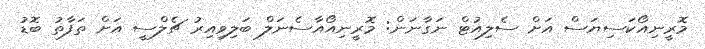
މޮރީނިއޯކަސިޔަސް އަށް ސެލިއުޓް ނަގާނަން: މޮރީނިއޯއާސެނަލް ބަލިވިއިރު ޗެލްސީ އަށް ތަފާތު ބޮޑު